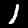
Digit: 1